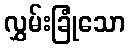
လွှမ်းခြုံသော